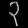
Digit: ၃